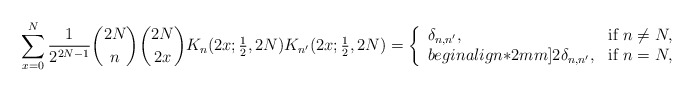
\begin{align*}\sum_{x=0}^N \frac{1}{2^{2N-1}} \binom{2N}{n} \binom{2N}{2x} K_{n}(2x;\textstyle{\frac12},2N) K_{n'}(2x;\textstyle{\frac12},2N) = \left\{ \begin{array}{ll} \delta_{n,n'}, & \hbox{if } n\ne N,\\begin{align*}2mm] 2\delta_{n,n'}, & \hbox{if } n=N, \end{array} \right. \end{align*}